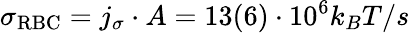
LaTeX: \sigma_{\mathrm{RBC}}=j_{\sigma}\cdot A=13(6)\cdot 10^{6}k_{B}T/s